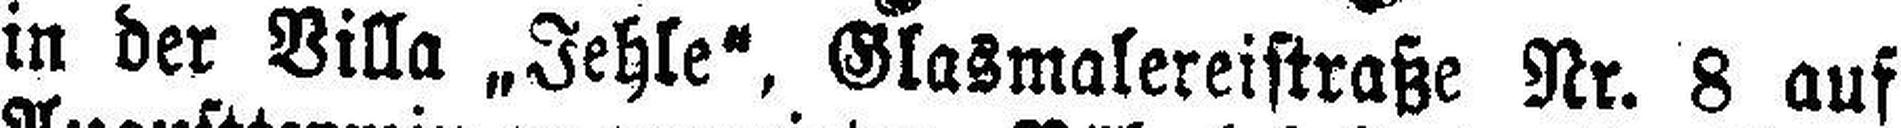
in der Villa „Jehle“, Glasmalereistraße Nr. 8 auf